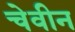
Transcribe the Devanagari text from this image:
चेवीन